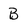
Character: B